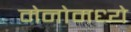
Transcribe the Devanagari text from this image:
मेनोमध्ये